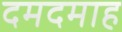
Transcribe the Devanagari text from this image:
दमदमाह